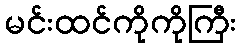
မင်းထင်ကိုကိုကြီး